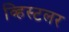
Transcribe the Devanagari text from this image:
व्हिस्टलर